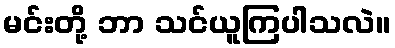
မင်းတို့ ဘာ သင်ယူကြပါသလဲ။